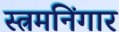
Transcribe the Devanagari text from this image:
स्त्रमनिंगार